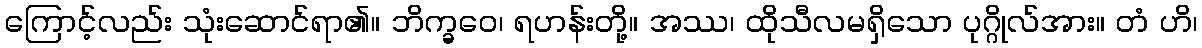
ကြောင့်လည်း သုံးဆောင်ရာ၏။ ဘိက္ခဝေ၊ ရဟန်းတို့။ အဿ၊ ထိုသီလမရှိသော ပုဂ္ဂိုလ်အား။ တံ ဟိ၊